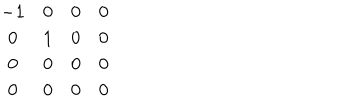
LaTeX: \begin{array} { c c c c } { { - 1 } } & { { 0 } } & { { 0 } } & { { 0 } } \\ { { 0 } } & { { 1 } } & { { 0 } } & { { 0 } } \\ { { 0 } } & { { 0 } } & { { 0 } } & { { 0 } } \\ { { 0 } } & { { 0 } } & { { 0 } } & { { 0 } } \\ \end{array}